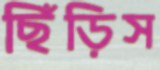
ছিঁড়িস